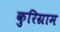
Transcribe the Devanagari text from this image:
कुरिग्राम